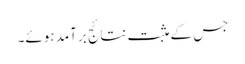
جس کے مثبت نتائج برآمد ہوئے۔